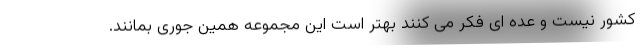
کشور نیست و عده ای فکر می کنند بهتر است این مجموعه همین جوری بمانند.